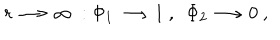
r \longrightarrow \infty \ : \Phi _ { 1 } \longrightarrow 1 \ , \ \ \Phi _ { 2 } \longrightarrow 0 \ ,